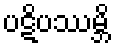
ပဋိပဿမ္ဘိ